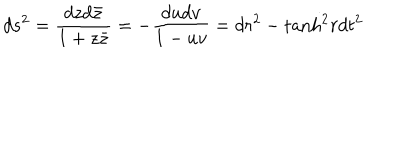
LaTeX: d s ^ { 2 } = { \frac { d z d { \bar { z } } } { 1 + z { \bar { z } } } } = - { \frac { d u d v } { 1 - u v } } = d r ^ { 2 } - \mathrm { t a n h } ^ { 2 } r d t ^ { 2 }